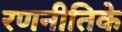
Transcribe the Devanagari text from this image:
रणनीतिके